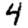
Digit: 4